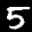
Label: 5